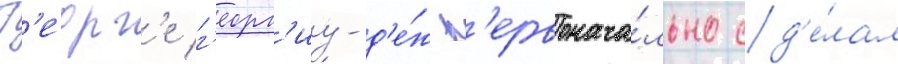
Г'еорг'е г'еорг'иу-д'е́ж п'ервонача́льно сд'е́лал